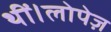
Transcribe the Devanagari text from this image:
थीं।लोपेज़